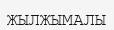
ЖЫЛЖЫМАЛЫ